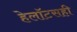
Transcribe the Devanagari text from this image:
हेलॉटसही